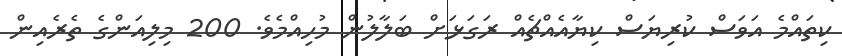
ކިތައްމެ އަވަސް ކުރިޔަސް ކިޔާއެއްޗެއް ރަގަޅަށް ބަލާލުން މުހިއްމެވެ. 200 މިލިއަންގެ ތެރެއިން